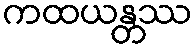
ကထယန္တဿ